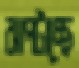
ঝাপটাচ্ছে